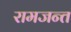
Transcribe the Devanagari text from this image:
रामजन्त